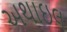
અથાઇલ